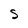
Character: S